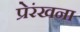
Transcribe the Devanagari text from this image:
प्रेरंखना